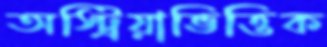
অস্ট্রিয়াভিত্তিক